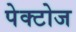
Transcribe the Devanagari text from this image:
पेक्टोज